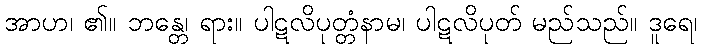
အာဟ၊ ၏။ ဘန္တေ၊ ရား။ ပါဋလိပုတ္တံနာမ၊ ပါဋလိပုတ် မည်သည်။ ဒူရေ၊